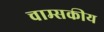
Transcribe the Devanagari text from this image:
चाम्सकीय